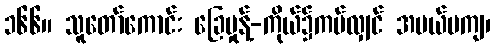
၁၆၆။ သူတော်ကောင်း ခြေမှုန့်-ကိုယ်၌ကပ်လျှင် အပယ်မကျ၊